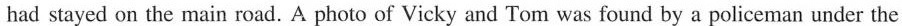
had stayed on the main road. A photo of Vicky and Tom was found by a policeman under the